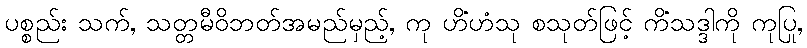
ပစ္စည်း သက်, သတ္တမီဝိဘတ်အမည်မှည့်, ကု ဟိံဟံသု စသုတ်ဖြင့် ကိံသဒ္ဒါကို ကုပြု,